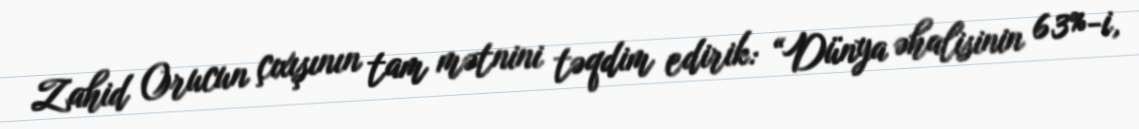
Zahid Orucun çıxışının tam mətnini təqdim edirik: “Dünya əhalisinin 63%-i,